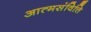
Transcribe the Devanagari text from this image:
आत्मसंवित्ति